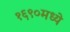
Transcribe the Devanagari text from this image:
१६९०मध्ये